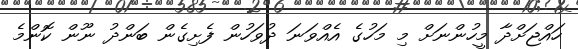
ހައްޖަށްދާ މީހުންނަށް މި މަހުގެ އެއްވަނަ ދުވަހުން ފެށިގެން ބަންދު ނޫން ކޮންމެ